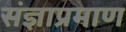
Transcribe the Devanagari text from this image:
संज्ञाप्रमाण